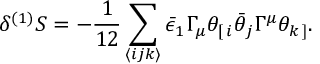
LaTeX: \delta ^ { ( 1 ) } S = - \frac { 1 } { 1 2 } \sum _ { \langle i j k \rangle } \bar { \epsilon } _ { 1 } \Gamma _ { \mu } \theta _ { [ \, i } \bar { \theta } _ { j } \Gamma ^ { \mu } \theta _ { k \, ] } . \,